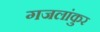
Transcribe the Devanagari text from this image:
गजलांकुर